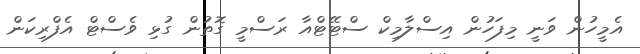
އެމީހުން ވަނީ މިފަހުން އިސްލާމިކް ސްޓޭޓްއާ ރަސްމީ ގޮތުން ގުޅި ވެސްޓް އެފްރިކަން